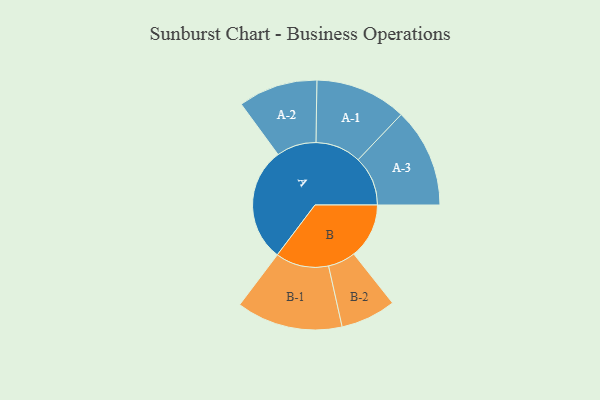
{"axis": {"x": "Segment", "y": "Value"}, "legend": ["", "A", "B"], "data": [{"x": "A", "y": 492, "type": ""}, {"x": "B", "y": 238, "type": ""}, {"x": "A-1", "y": 197, "type": "A"}, {"x": "A-2", "y": 171, "type": "A"}, {"x": "A-3", "y": 214, "type": "A"}, {"x": "B-1", "y": 229, "type": "B"}, {"x": "B-2", "y": 119, "type": "B"}]}